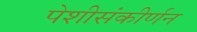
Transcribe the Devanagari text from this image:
पेशीसंकीर्णन